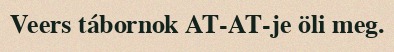
Veers tábornok AT-AT-je öli meg.